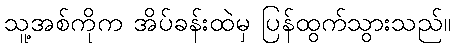
သူ့အစ်ကိုက အိပ်ခန်းထဲမှ ပြန်ထွက်သွားသည်။